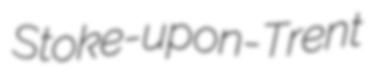
Stoke-upon-Trent